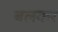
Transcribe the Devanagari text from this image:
बलकर